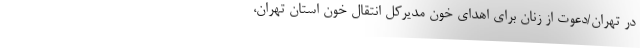
در تهران/دعوت از زنان برای اهدای خون مدیرکل انتقال خون استان تهران،